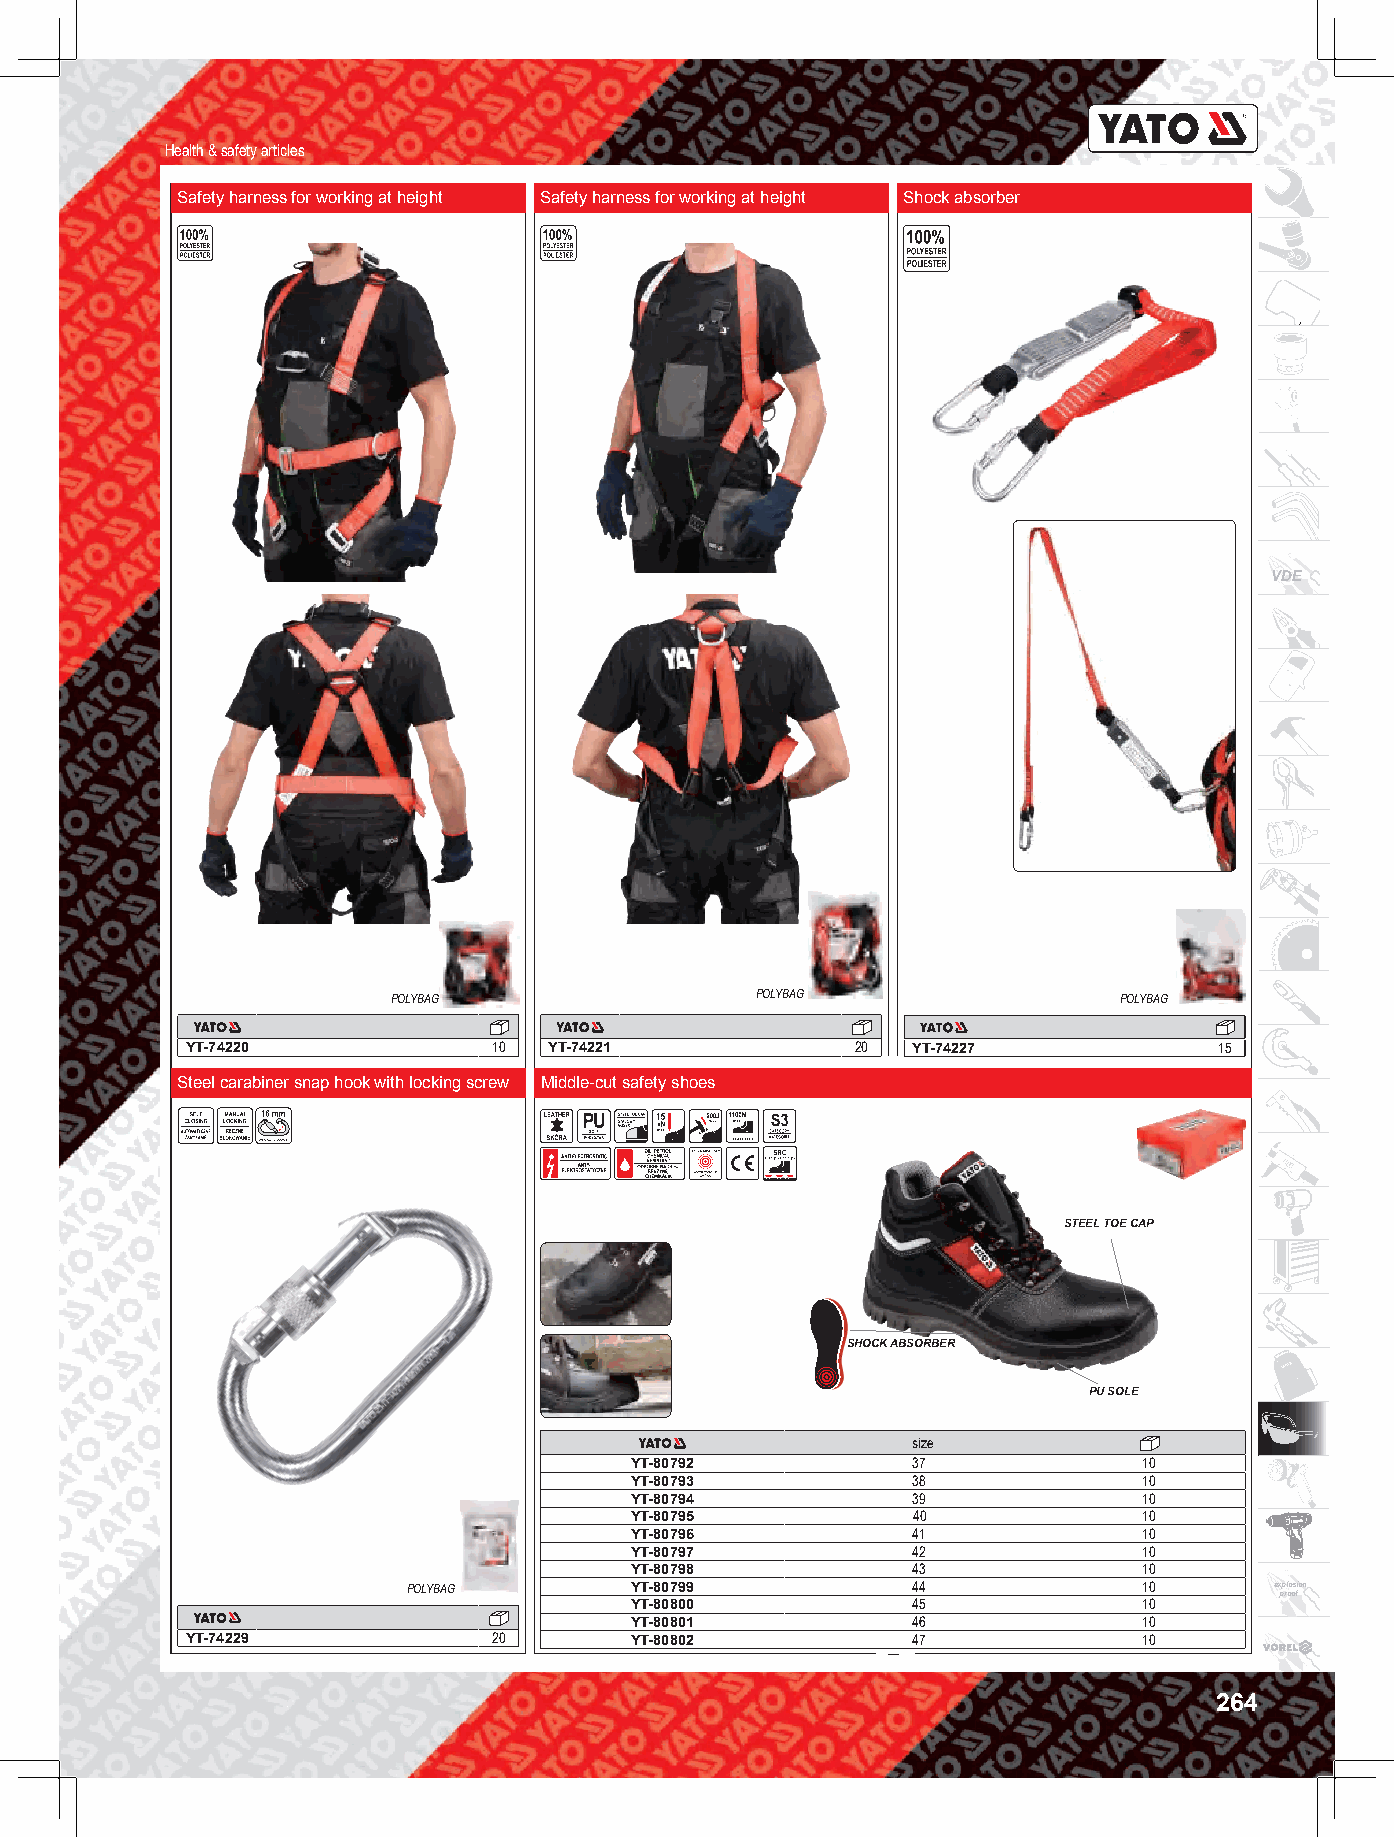
Health & safety articles
 Safety harness for working at height Safety harness for working at height Shock absorber
 VDE
 POLYBAG                 POLYBAG                 POLYBAG
 YT-74220             10 YT-74221             20 YT-74227             15
 Steel carabiner snap hook with locking screw Middle-cut safety shoes
 STEEL TOE CAP
 SHOCK ABSORBER
 PU SOLE
 size
 YT-80792          37              10
 YT-80793          38              10
 YT-80794          39              10
 YT-80795          40              10
 YT-80796          41              10
 YT-80797          42              10
 YT-80798          43              10
 POLYBAG        YT-80799          44              10      explosion
 proof
 YT-80800          45              10
 YT-80801          46              10
 YT-74229             20       YT-80802          47              10
 264